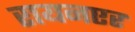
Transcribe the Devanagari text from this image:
रायनएर